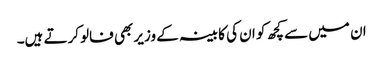
ان میں سے کچھ کو ان کی کابینہ کے وزیر بھی فالو کرتے ہیں۔